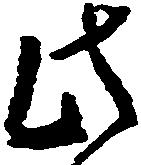
此